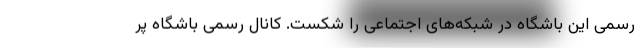
رسمی این باشگاه در شبکه‌های اجتماعی را شکست. کانال رسمی باشگاه پر